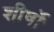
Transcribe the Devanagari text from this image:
शीर्षोॱ